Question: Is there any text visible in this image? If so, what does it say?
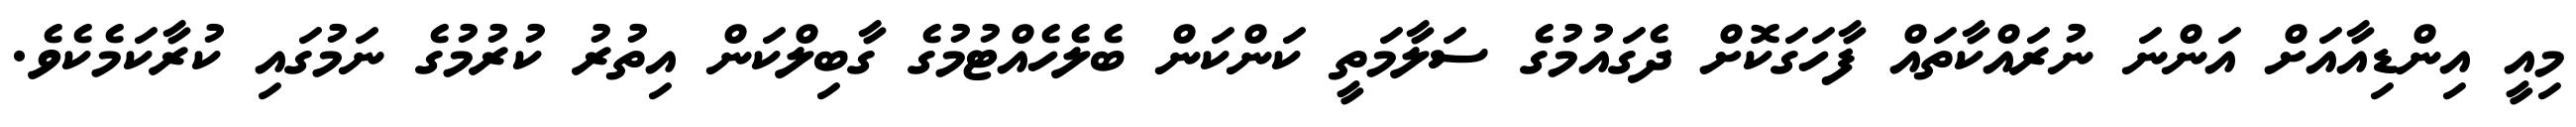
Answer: މިއީ އިންޑިއާއަށް އަންނަ ނުރައްކާތައް ފާހަގަކޮށް ދެގައުމުގެ ސަލާމަތީ ކަންކަން ބެލެހެއްޓުމުގެ ގާބިލްކަން އިތުރު ކުރުމުގެ ނަމުގައި ކުރާކަމެކެވެ.